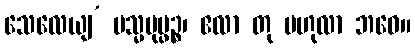
သေလေယျ’ မသ္မပုပ္ဖဉ္စ၊ ဧလာ တု ဗဟုလာ ဘဝေ။